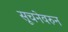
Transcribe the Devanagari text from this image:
सूचनेवरुन